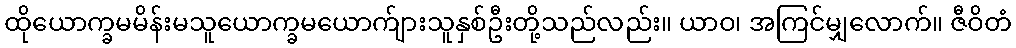
ထိုယောက္ခမမိန်းမသူယောက္ခမယောက်ျားသူနှစ်ဦးတို့သည်လည်း။ ယာဝ၊ အကြင်မျှလောက်။ ဇီဝိတံ